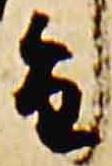
旨